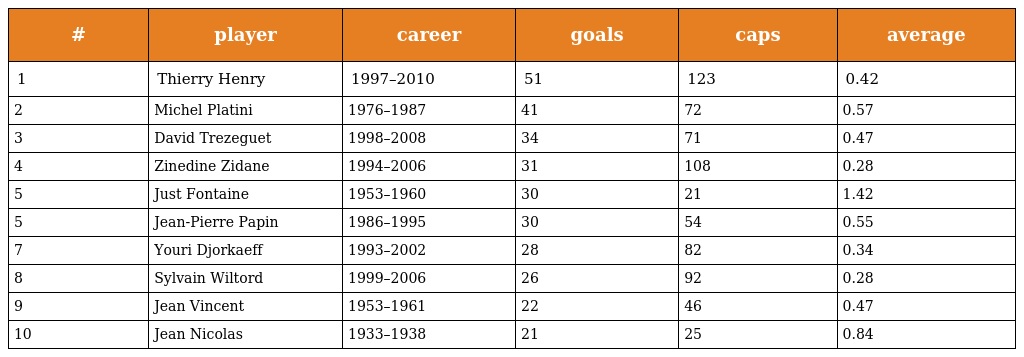
| # | player | career | goals | caps | average |
 | --- | --- | --- | --- | --- | --- |
 | 1 | Thierry Henry | 1997–2010 | 51 | 123 | 0.42 |
 | 2 | Michel Platini | 1976–1987 | 41 | 72 | 0.57 |
 | 3 | David Trezeguet | 1998–2008 | 34 | 71 | 0.47 |
 | 4 | Zinedine Zidane | 1994–2006 | 31 | 108 | 0.28 |
 | 5 | Just Fontaine | 1953–1960 | 30 | 21 | 1.42 |
 | 5 | Jean-Pierre Papin | 1986–1995 | 30 | 54 | 0.55 |
 | 7 | Youri Djorkaeff | 1993–2002 | 28 | 82 | 0.34 |
 | 8 | Sylvain Wiltord | 1999–2006 | 26 | 92 | 0.28 |
 | 9 | Jean Vincent | 1953–1961 | 22 | 46 | 0.47 |
 | 10 | Jean Nicolas | 1933–1938 | 21 | 25 | 0.84 |